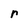
Character: r